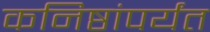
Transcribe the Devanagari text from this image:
कनिष्ठांपर्यंत